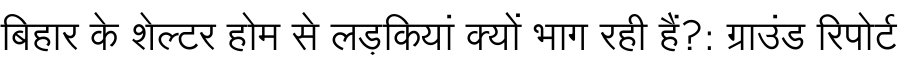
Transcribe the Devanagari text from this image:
बिहार के शेल्टर होम से लड़कियां क्यों भाग रही हैं?: ग्राउंड रिपोर्ट